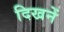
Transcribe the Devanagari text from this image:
दिखनें